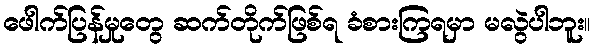
ဖေါက်ပြန်မှုတွေ ဆက်တိုက်ဖြစ်ရ ခံစားကြရမှာ မလွဲပါဘူး။